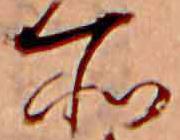
所